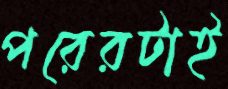
পরেরটাই